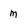
Character: m